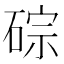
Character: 碂